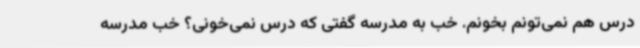
درس هم نمی‌تونم بخونم. ‌خب به مدرسه گفتی که درس نمی‌خونی؟ ‌خب مدرسه